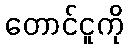
တောင်ငူကို